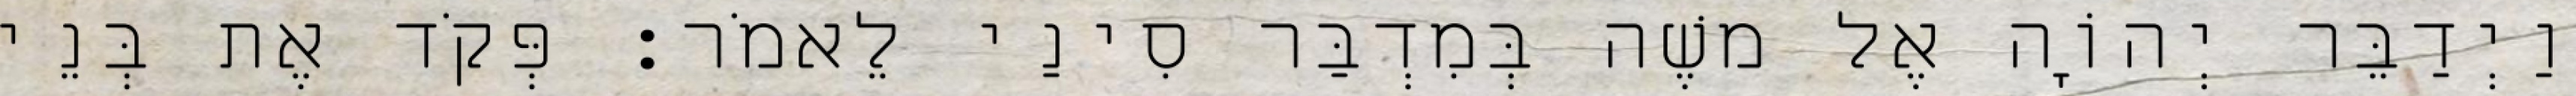
וַיְדַבֵּר יְהוָֹה אֶל משֶׁה בְּמִדְבַּר סִינַי לֵאמֹר׃ פְּקֹד אֶת בְּנֵי